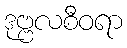
ဒုဗ္ဗလစီဝရာ